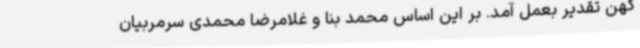
کهن تقدیر بعمل آمد. بر این اساس محمد بنا و غلامرضا محمدی سرمربیان